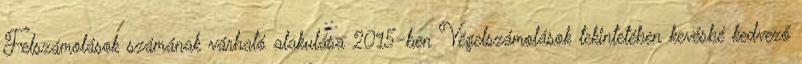
Felszámolások számának várható alakulása 2015-ben Végelszámolások tekintetében kevésbé kedvező